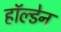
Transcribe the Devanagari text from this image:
हाॅल्डेन